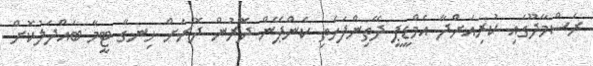
ރަސްމާދޫގައި ކުރިއަށްދާ އެމްޑީޕީ ދޭތިންފަހެތި ކެންޕޭން ދޮރުން ދޮރަށް ހިނގާ ޓީމާ ބައްދަލުކޮށް